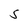
Character: S